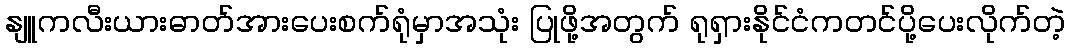
နျူကလီးယားဓာတ်အားပေးစက်ရုံမှာအသုံး ပြုဖို့အတွက် ရုရှားနိုင်ငံကတင်ပို့ပေးလိုက်တဲ့